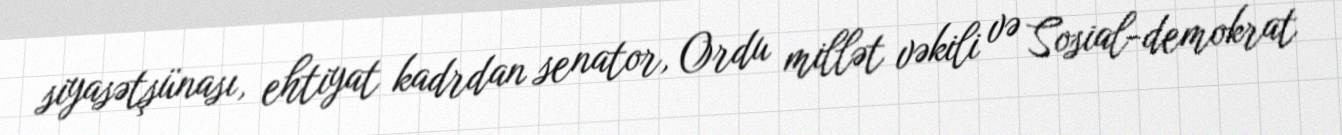
siyasətşünası, ehtiyat kadrdan senator, Ordu millət vəkili və Sosial-demokrat